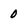
Character: 0